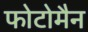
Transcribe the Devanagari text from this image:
फोटोमैन